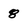
Character: 8